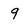
Character: 9